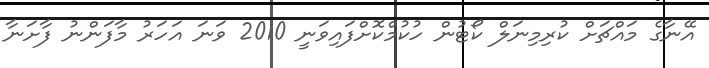
އޭނާގެ މައްޗަށް ކުރިމިނަލް ކޯޓުން ހުކުމްކޮށްފައިވަނީ 2010 ވަނަ އަހަރު މާފަންނު ފާށަނާ